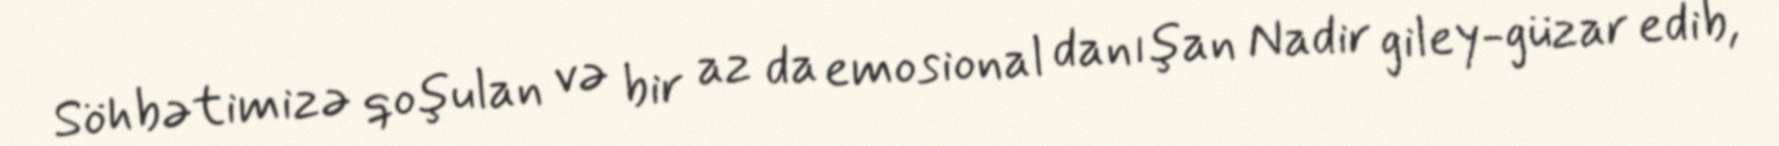
Söhbətimizə qoşulan və bir az da emosional danışan Nadir giley-güzar edib,